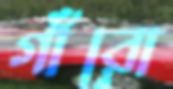
গাঁরো